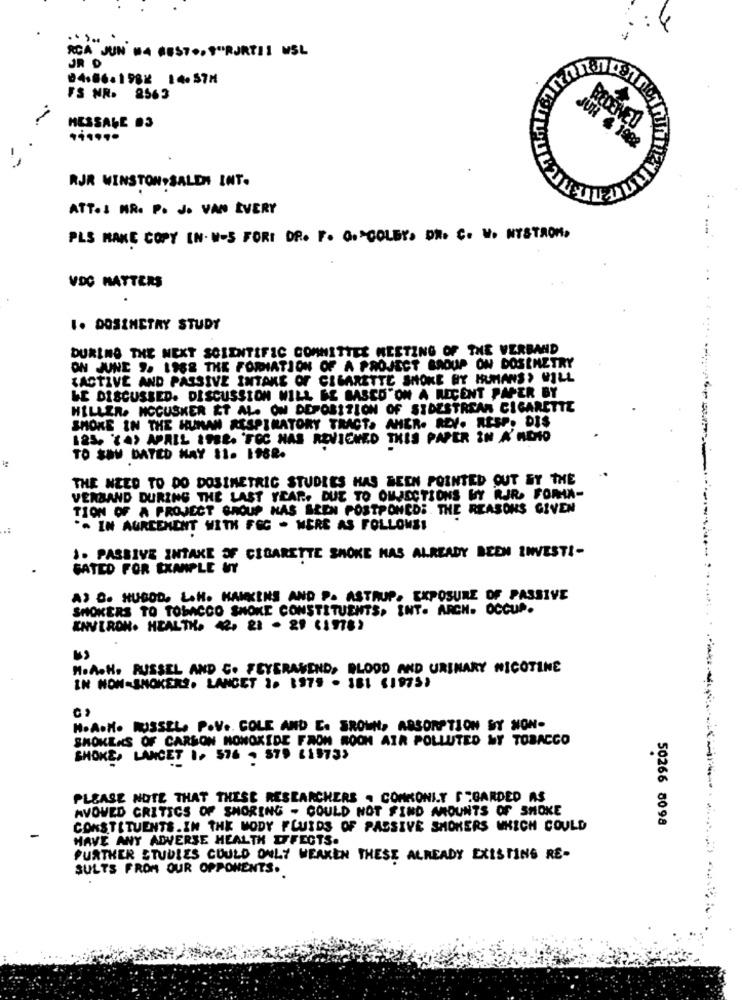
RCA JUN MA GEST .. ""RJRTI1 WSL
JR D
04.86.1982 14.57M
FS NR. 2563
MESSALE .3
REDENED
JUR & 1982
RJR WINSTON-SALEM INT.
ATT.L MR. P. J. VAN EVERY
PLS MAKE COPY IN. W-S FORI DR. F. O."COLBY. DR. C. W. NYSTROM.
VDC MATTERS
.
1. DOSIMETRY STUDY
DURING THE NEXT SCIENTIFIC COMMITTEE MEETING OF THE VERBAND
ON JUNE 9. 1988 THE FORMATION OF A PROJECT BAOUP ON DOSIMETRY
{ACTIVE AND PASSIVE INTAKE OF CIGARETTE SMOKE BY HRMANS) WILL
WE DISCUSSED. DISCUSSION WILL BE BASED ON A RECENT PAPER BY
HILLER. MCCUSKER ET AL. ON DEPOSITION OF SIDESTREAM CIGARETTE
SMOKE IN THE HUMAN RESPIRATORY TRACT. AMER. REV. RESP. DIS
125. (4) APRIL ITER. 'FOC NAS REVIEWED THIS PAPER IN A' NDIO
TO SBW DATED HAY 11. 1988.
THE NEED TO DO DOSIMETRIC STUDIES HAS BEEN POINTED OUT BY THE
VERBAND DURING THE LAST YEAR, DUE TO OMJECTIONS WY RJR. FORHA-
TION OF A PROJECT GROUP HAS BEEN POSTPONEDS. THE REASONS GIVEN
.:
.. IN AGREEMENT WITH FOC - WERE AS FOLLOWS!
1. PASSIVE INTAKE OF CIGARETTE SMOKE HAS ALREADY BEEN INVESTI-
GATED FOR EXAMPLE NY
A) B. HUGOD. L.H. HANKINS AND P. ASTRUP. EXPOSURE OF PASSIVE
SMOKERS TO TOBACCO SMOKE CONSTITUENTS, INT. ARCH. OCCUP.
ENVIRON. HEALTH. 42. 23 . 29 (1978)
MoAoH. RUSSEL AND C. FEYERAKEND, BLOOD AND URINARY NICOTINE
IN NON-SMOKERS. LANCET 1. 1975 . 181 (1975)
HoA.M. RUSSEL. P.V .. COLE AND E. SROWN, ABSORPTION ST NON-
SMOKEAS OF CARBON MONOXIDE FROM ROCH AIR POLLUTED MY TOBACCO
SHOKE, LANCET 1, 576 - 879 (19733
PLEASE NOTE THAT THESE RESEARCHERS . COMKONI.Y FTGARDED AS
AVOWED CRITICS OF SHORING - COULD NOT FIND AMOUNTS OF SMOKE
50266 8098
CONSTITUENTS. IN THE MODY FLUIDS OF PASSIVE SMOKERS WHICH COULD
HAVE ANY ADVERSE HEALTH EFFECTS.
FURTHER STUDIES COULD ONLY WEAKEN THESE ALREADY EXISTING RE-
SULTS FROM OUR OPPONENTS ..